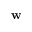
\mathbf { w }